Sanitation, dispensaries and jails vaccination Rajputana 1922-1927 - 1922-1927
Year: 1922
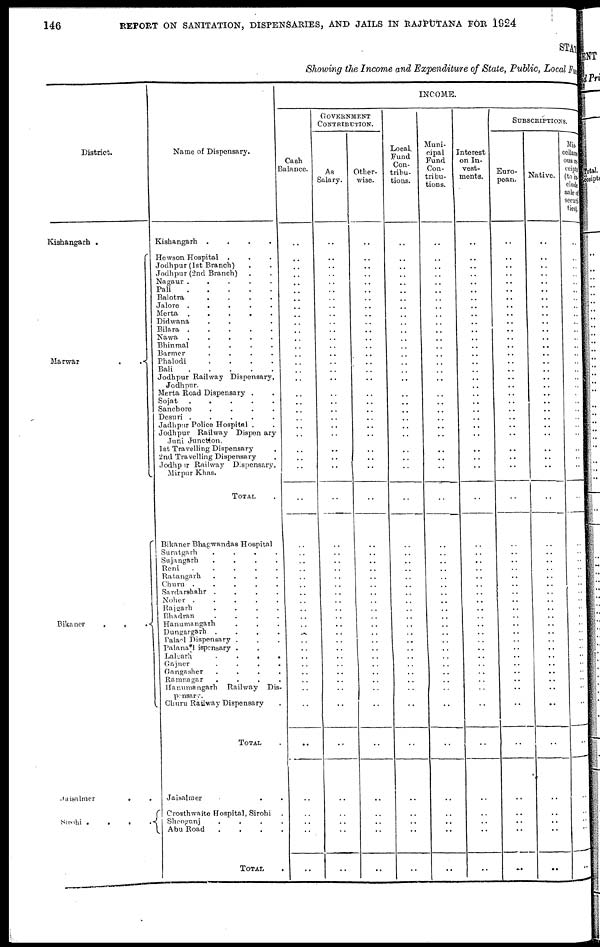
146
REPORT ON SANITATION, DISPENSARIES, AND JAILS IN RAJPUTANA FOR 1924
STAT
Showing the Income and Expenditure of State, Public, Local Fund
District.
Kishangarh .
Marwar
.
.
Bikaner
...
Jaisalmer
.
Sirohi .
.
. .
Name of Dispensary.
Kishangarh
....
Hewson Hospital ...
Jodhpur (1st Branch)..
Jodhpur (2nd Branch)..
Nagaur
.....
Pali
Balotra
....
Jalore
.....
Merta
Didwana ...
Bilara
.....
Nawa
.....
Bhinmal
....
Barmer
....
Phalodi
....
Bali
Jodhpur Railway Dispensary,
Jodhpur.
Merta Road Dispensary ..
Sojat
.....
Sanchore
....
Desuri
.....
Jadhpur Police Hospital ..
Jodhpur Railway Dispen ary
Juni Junction.
1 st Travelling Dispensary .
2nd Travelling Dispensary .
Jodhpur Railway Dispensary.
Mirpur Khas.
TOTAL.
Bikaner Bhagwandas Hospital
Suratgarh
....
Sujangarh
....
Reni
.....
Ratangarh
....
Churu
.....
Sardarshahr
....
Noher
.....
Rajgarh
....
Bhadran
....
Hanumangarh ...
Dungargarh ....
Pala l Dispensary ...
Palana Dispensary ..
Lalgarh
....
Gajuer
....
Gangasher ....
Ramnagar ....
Hanumangarh Railway Dis-
pensary.
Churu Railway Dispensary .
TOTAL .
Jaisalmer ..
Crosthwaite Hospital, Sirohi .
Sheogunj ....
Abu Road ....
TOTAL .
INCOME.
Cash
Balance.
..
..
..
..
..
..
..
..
..
..
..
..
..
.. ..
..
..
..
..
..
..
..
..
..
..
..
..
..
..
..
..
..
..
..
..
..
..
..
..
..
..
..
..
..
..
..
..
..
..
..
..
..
..
GOVERNMENT
CONTRIBUTION.
As
Salary.
..
..
..
..
..
..
..
..
..
..
..
..
..
..
..
..
..
..
..
..
..
..
..
..
..
..
..
..
..
..
..
..
..
..
..
..
..
..
..
..
..
..
..
..
.. ..
..
..
..
..
..
..
..
Other-
wise.
..
..
..
..
..
..
..
..
..
..
..
..
..
..
..
..
..
..
..
..
..
..
..
.. ..
..
..
..
..
..
..
..
..
..
..
..
..
..
..
..
..
..
..
..
..
..
..
..
..
..
..
..
..
Local
Fund
Con-
tribu-
tions.
..
..
..
..
..
..
..
..
..
..
..
..
..
..
..
..
..
..
..
..
..
..
..
..
..
..
..
..
.. ..
..
..
..
..
..
..
..
..
.. ..
..
..
.. ..
..
..
..
..
..
..
.. ..
..
Muni-
cipal
Fund
Con-
tribu-
tions.
..
..
..
..
..
..
..
..
..
..
..
..
..
..
..
..
..
..
..
..
..
..
..
..
..
..
..
..
..
..
.. ..
..
..
..
..
..
..
..
..
..
..
..
..
..
..
..
..
..
..
.. ..
..
Interest
on In-
vest-
ments.
..
..
..
..
..
..
..
..
..
..
..
..
..
.. ..
.. ..
..
..
..
..
..
..
..
..
..
..
..
.. ..
..
..
..
..
..
..
..
..
..
..
..
..
..
..
..
..
..
..
..
..
..
..
..
SUBSCRIPTIONS.
Euro-
pean.
..
..
..
..
..
.. ..
..
..
..
..
..
..
..
..
..
..
..
..
..
..
..
..
.. ..
..
..
..
..
..
..
..
..
..
..
..
..
..
..
..
..
.. ..
..
..
..
..
..
..
..
..
..
...
Native.
..
..
..
..
..
..
..
..
..
..
..
..
..
..
..
.. ..
..
..
..
..
..
..
.. ..
..
..
..
..
..
..
..
..
..
..
..
..
..
..
..
..
..
..
..
..
..
..
..
..
..
..
..
..
Mis-
cellane-
ous re-
ceipts
(to in-
clude
sale of
securi-
ties).
..
..
..
..
..
..
..
..
..
..
..
..
..
..
..
..
..
..
..
..
..
..
..
..
..
..
..
..
..
..
..
..
.. ..
..
..
..
..
..
..
..
..
..
..
..
..
..
..
..
..
..
..
..